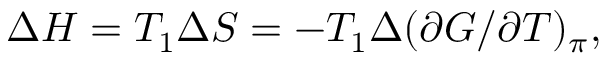
\Delta { H } = T _ { 1 } \Delta { S } = - T _ { 1 } \Delta ( \partial { G } / \partial { T } ) _ { \pi } ,